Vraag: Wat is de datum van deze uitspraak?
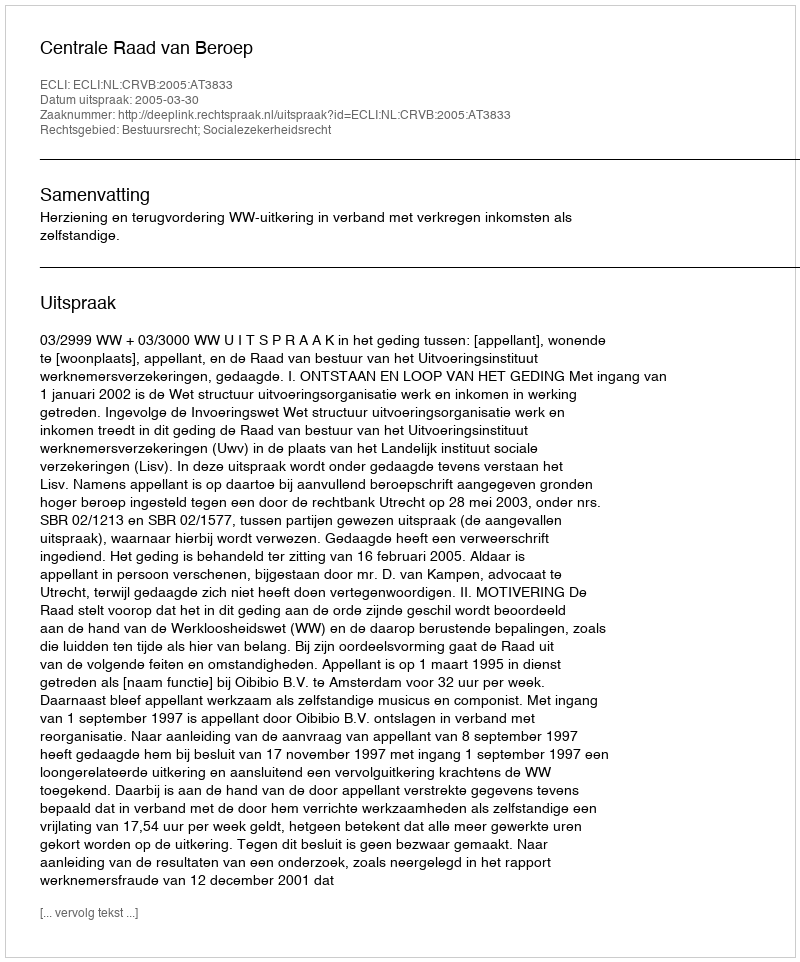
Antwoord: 2005-03-30